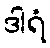
ဒါရံ